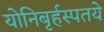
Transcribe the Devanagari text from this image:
योनिबृर्हस्पतये